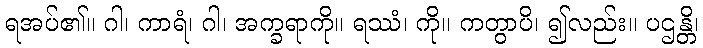
ရအပ်၏။ ဂါ၊ ကာရံ၊ ဂါ၊ အက္ခရာကို။ ရဿံ၊ ကို။ ကတွာပိ၊ ၍လည်း။ ပဌန္တိ၊